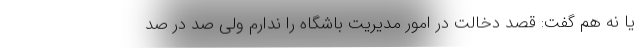
یا نه هم گفت: قصد دخالت در امور مدیریت باشگاه را ندارم ولی صد در صد